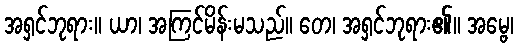
အရှင်ဘုရား။ ယာ၊ အကြင်မိန်းမသည်။ တေ၊ အရှင်ဘုရား၏။ အမ္ဗေ၊